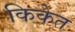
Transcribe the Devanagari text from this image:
किकेत